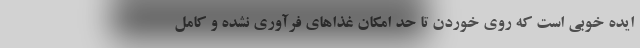
ایده خوبی است که روی خوردن تا حد امکان غذا‌های فرآوری نشده و کامل